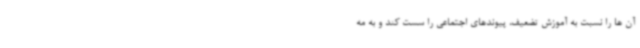
آن ها را نسبت به آموزش تضعیف، پیوندهای اجتماعی را سست کند و به مه